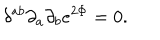
\delta ^ { a b } \partial _ { a } \partial _ { b } e ^ { 2 \Phi } = 0 .